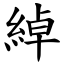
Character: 綽